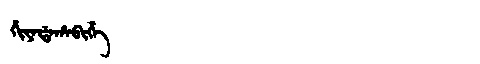
Manchu: ᡥᡳᠶᠠᡩᠠᡥᠠᠪᡳᡥᡝ
Romanization: HIYADAHABIHE